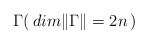
\begin{align*}{\Gamma} (\, dim \Vert \Gamma \Vert = 2n \,)\end{align*}